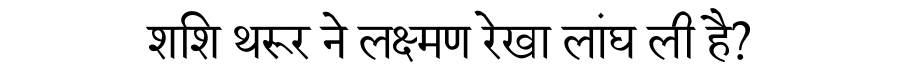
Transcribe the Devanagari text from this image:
शशि थरूर ने लक्ष्मण रेखा लांघ ली है?